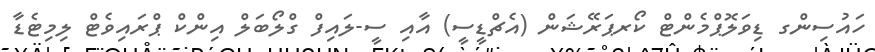
ހައުސިންގ ޑިވަލޮޕްމެންޓް ކޯރޕަރޭޝަން (އެޗްޑީސީ) އާއި ސީ-ލައިފް ގްލޯބަލް އިންކް ޕްރައިވެޓް ލިމިޓެޑާ